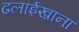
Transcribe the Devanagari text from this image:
ढलाईख़ाना